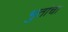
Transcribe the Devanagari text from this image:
भुतांचा